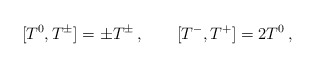
\begin{align*}[T^0 ,T^\pm ] =\pm T^\pm\,,\qquad [T^- ,T^+ ]=2T^0\,,\end{align*}